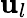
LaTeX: \mathbf{u}_{l}